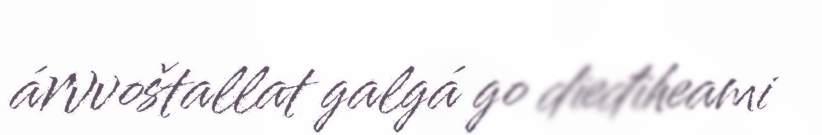
árvvoštallat galgá go dieđiheami